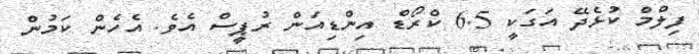
ފިލްމް ކުޅެދޭ އަގަކީ 6.5 ކްރޯޑް އިންޑިއަން ރުޕީސް އެވެ. އެހެން ކަމުން